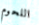
اللحوم